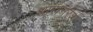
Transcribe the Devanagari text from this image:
धारानरेश